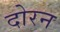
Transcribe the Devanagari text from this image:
दोरन